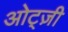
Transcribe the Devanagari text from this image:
ओट्ज़ी